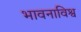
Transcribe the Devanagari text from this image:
भावनाविश्व